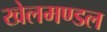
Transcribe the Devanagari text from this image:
खेलमण्डल